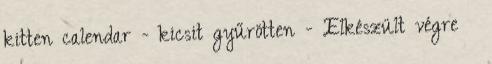
kitten calendar - kicsit gyűrötten - Elkészült végre 😊